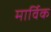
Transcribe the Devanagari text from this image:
मार्विक